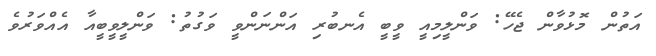
އަތުން މޮޅުވާން ޖެހޭ: ވަންލީމިއީ ވީބީ އެނބުރި އަންނަންވީ ވަގުތު: ވަންލީވީބީއާ އެއްވަރުވެ